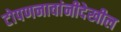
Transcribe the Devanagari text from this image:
टोपणनावांनीदेखील